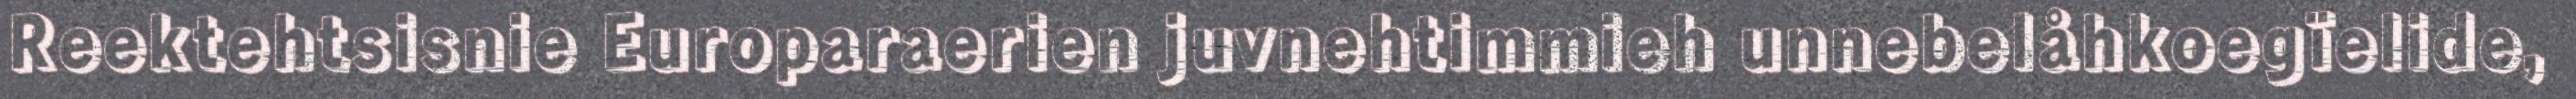
Reektehtsisnie Europaraerien juvnehtimmieh unnebelåhkoegïelide,